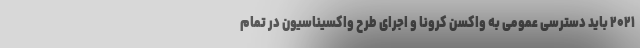
۲۰۲۱ باید دسترسی عمومی به واکسن کرونا و اجرای طرح واکسیناسیون در تمام